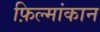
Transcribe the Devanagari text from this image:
फ़िल्मांकान